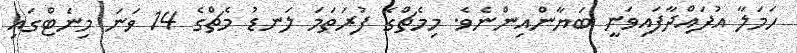
ހަމަލާ އުފައްދާފައިވަނީ ބަޔާންއިންނެވެ. މިމެޗްގެ ފުރަތަމަ ލަނޑު މެޗްގެ 14 ވަނަ މިނެޓްގައި